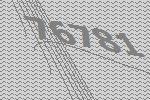
76781